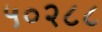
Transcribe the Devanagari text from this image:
५०२८८